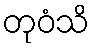
တုဝံသိ